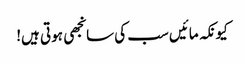
کیونکہ مائیں سب کی سانجھی ہوتی ہیں!